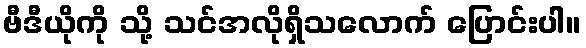
ဗီဒီယိုကို သို့ သင်အလိုရှိသလောက် ပြောင်းပါ။